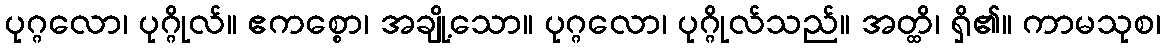
ပုဂ္ဂလော၊ ပုဂ္ဂိုလ်။ ဧကစ္စော၊ အချို့သော။ ပုဂ္ဂလော၊ ပုဂ္ဂိုလ်သည်။ အတ္ထိ၊ ရှိ၏။ ကာမသုစ၊